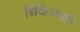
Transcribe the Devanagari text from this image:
डिव्हिजनही